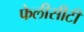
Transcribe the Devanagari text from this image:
फेलीसीटी